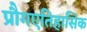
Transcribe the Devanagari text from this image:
प्रौगएतिहासिक